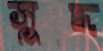
সুদ্ধ